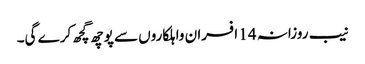
نیب روزانہ 14 افسران واہلکاروں سے پوچھ گچھ کرے گی۔